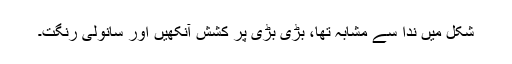
شکل میں ندا سے مشابہ تھا، بڑی بڑی پر کشش آنکھیں اور سانولی رنگت۔